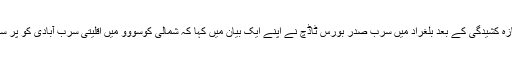
اسی تناظر میں تازہ کشیدگی کے بعد بلغراد میں سرب صدر بورس ٹاڈچ نے اپنے ایک بیان میں کہا کہ شمالی کوسووو میں اقلیتی سرب آبادی کو پر سکون رہنا چاہیے۔